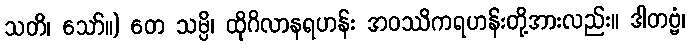
သတိ၊ သော်။) တေ သမ္ပိ၊ ထိုဂိလာနရဟန်း အဝဿိကရဟန်းတို့အားလည်း။ ဒါတဗ္ဗံ၊